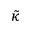
\tilde { \kappa }